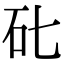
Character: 䂗